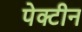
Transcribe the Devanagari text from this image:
पेक्टीन